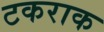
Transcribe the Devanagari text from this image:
टकराक